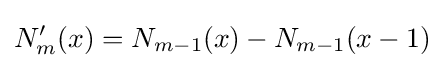
N_{m}^{\prime }(x)=N_{m-1}(x)-N_{m-1}(x-1)